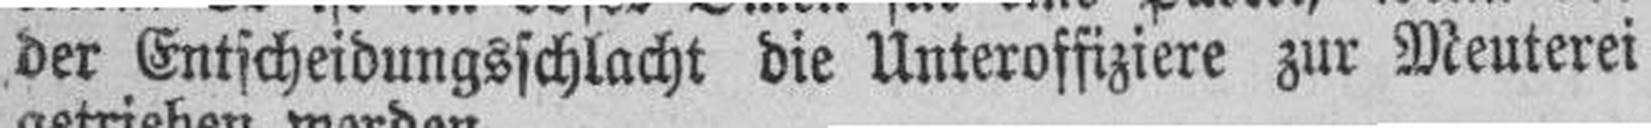
der Entscheidungsschlacht die Unteroffiziere zur Meuterei